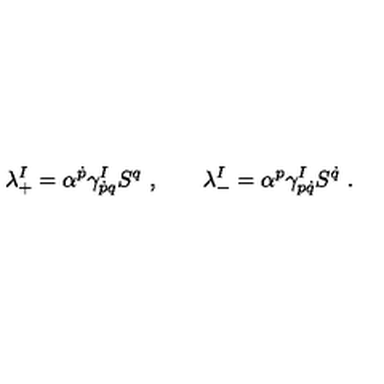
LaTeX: \lambda _ { + } ^ { I } = \alpha ^ { \dot { p } } \gamma _ { \dot { p } q } ^ { I } S ^ { q } \ , \qquad \lambda _ { - } ^ { I } = \alpha ^ { p } \gamma _ { p \dot { q } } ^ { I } S ^ { \dot { q } } \ .